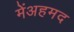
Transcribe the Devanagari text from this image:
मेंअहमद